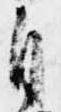
自